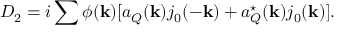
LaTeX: D _ { 2 } = i \sum { } \phi ( { \bf k } ) [ a _ { Q } ( { \bf k } ) j _ { 0 } ( - { \bf k } ) + a _ { Q } ^ { \star } ( { \bf k } ) j _ { 0 } ( { \bf k } ) ] .